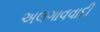
અલગાવવાદી